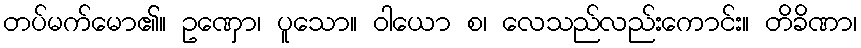
တပ်မက်မော၏။ ဥဏှော၊ ပူသော။ ဝါယော စ၊ လေသည်လည်းကောင်း။ တိခိဏာ၊